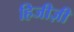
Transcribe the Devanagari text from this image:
हिजीज़ी